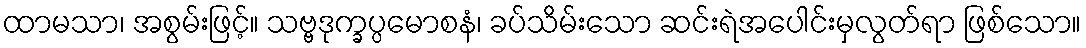
ထာမသာ၊ အစွမ်းဖြင့်။ သဗ္ဗဒုက္ခပ္ပမောစနံ၊ ခပ်သိမ်းသော ဆင်းရဲအပေါင်းမှလွတ်ရာ ဖြစ်သော။